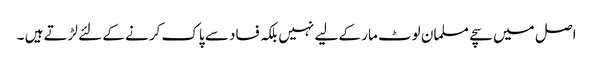
اصل میں سچے مسلمان لوٹ مار کے لیے نہیں بلکہ فساد سے پاک کرنے کے لئے لڑتے ہیں ۔